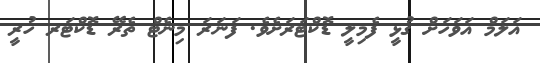
އަލަމް އަވަހަށް ގުޅީ ފެމިލީ ޑޮކްޓަރަށެވެ. ފަނަރަ މިނެޓް ތެރޭ ޑޮކްޓަރ ހުރީ